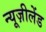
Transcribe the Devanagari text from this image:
न्यूज़ीलेंड